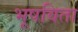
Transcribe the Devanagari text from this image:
भूषविता